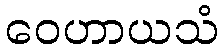
ဝေဟာယသံ